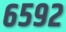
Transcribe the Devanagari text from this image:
६५९२